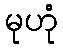
မုဟုံ